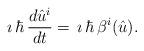
LaTeX: \begin{align*} \imath\, \hbar\,\frac{d \hat{u}^i}{d t}=\,\imath\, \hbar\,{\beta}^{i}(\hat{u}). \end{align*}